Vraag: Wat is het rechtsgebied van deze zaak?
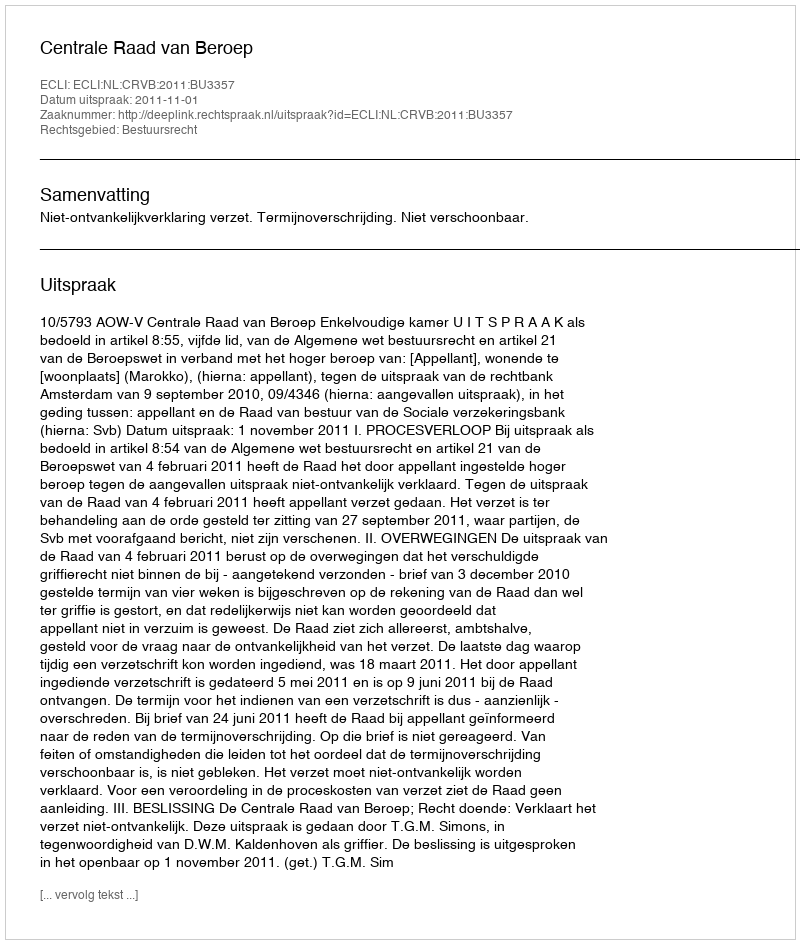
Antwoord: Bestuursrecht